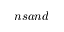
n s a n d